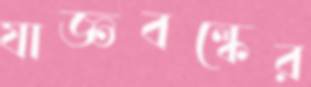
যাজ্ঞবল্কের